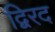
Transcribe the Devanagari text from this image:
द्विरद